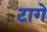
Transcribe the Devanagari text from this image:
टागे